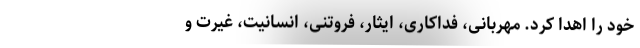
خود را اهدا کرد. مهربانی، فداکاری، ایثار، فروتنی، انسانیت، غیرت و